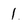
Character: 1